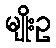
မျိုးဥ